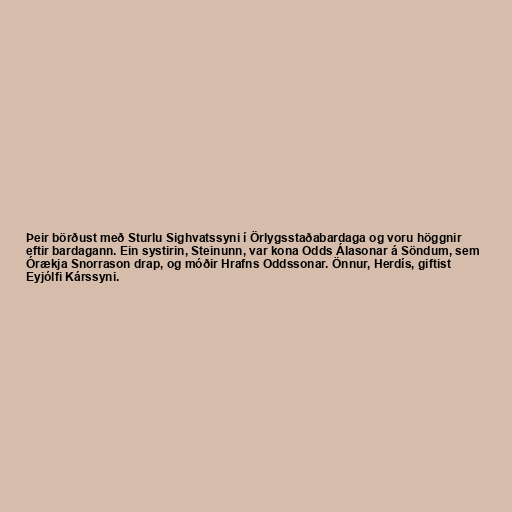
Þeir börðust með Sturlu Sighvatssyni í Örlygsstaðabardaga og voru höggnir
eftir bardagann. Ein systirin, Steinunn, var kona Odds Álasonar á Söndum, sem
Órækja Snorrason drap, og móðir Hrafns Oddssonar. Önnur, Herdís, giftist
Eyjólfi Kárssyni.